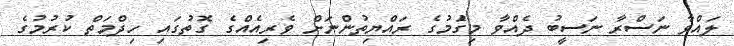
ލައްވާ ނަސްރާ ނަސީބު ދެއްވާ މިގަެުމުގެ ރައްޔިތުންނަށް ވެރިއެއްގެ ގޮތުގައި ހިދްމަތް ކުރުމުގެ